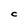
Character: C